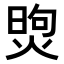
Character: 𤋗